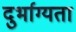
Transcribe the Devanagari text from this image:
दुर्भाग्यता